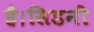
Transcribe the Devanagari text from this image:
है।सिडनी